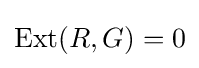
\operatorname {Ext} (R,G)=0